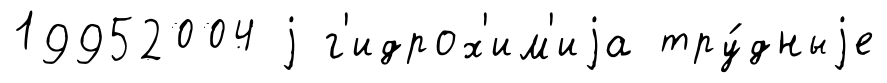
19952004 j г'идрох'им'иjа тру́дныjе